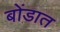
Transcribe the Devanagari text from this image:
बोंडात